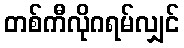
တစ်ကီလိုဂရမ်လျှင်